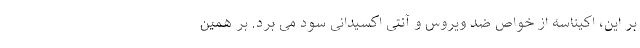
بر این، اکیناسه از خواص ضد ویروس و آنتی اکسیدانی سود می برد. بر همین